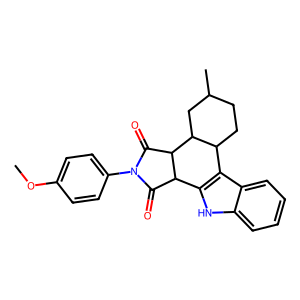
SMILES: COc1ccc(N2C(=O)C3c4[nH]c5ccccc5c4C4CCC(C)CC4C3C2=O)cc1
Inhibits HIV replication: No